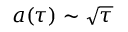
a ( \tau ) \sim \sqrt { \tau }